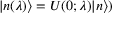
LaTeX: | n ( \lambda ) \rangle = U ( 0 ; \lambda ) | n \rangle )